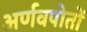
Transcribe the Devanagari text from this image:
अर्णवपोतों